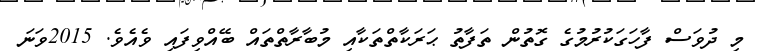
މި ދުވަސް ފާހަގަކުރުމުގެ ގޮތުން ތަފާތު ޙަރަކާތްތަކާއި މުބާރާތްތައް ބޭއްވިފައި ވެއެވެ. 2015ވަނަ